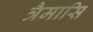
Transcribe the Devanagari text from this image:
त्रैमासि